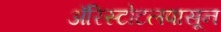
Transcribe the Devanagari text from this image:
ॲरिस्टोटलपासून